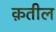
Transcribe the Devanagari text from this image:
क़तील